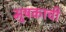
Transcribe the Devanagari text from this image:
मुषकाची